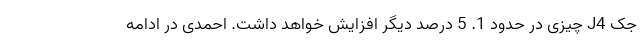
جک J4 چیزی در حدود 1. 5 درصد دیگر افزایش خواهد داشت. احمدی در ادامه